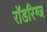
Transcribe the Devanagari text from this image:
रॉडरिग्ज